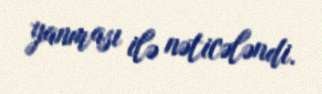
yanması ilə nəticələndi.